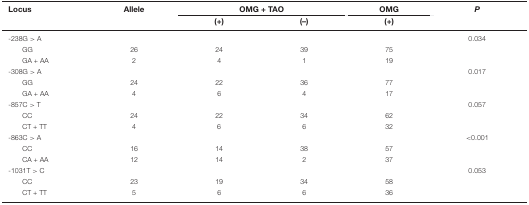
<table><thead><tr><td><b>Locus</b></td><td><b>Allele</b></td><td colspan="2"><b>OMG + TAO</b></td><td><b>OMG</b></td><td><b><i>P</i></b></td></tr><tr><td></td><td></td><td><b>(+)</b></td><td><b>(–)</b></td><td><b>(+)</b></td><td></td></tr></thead><tbody><tr><td>-238G &gt; A</td><td></td><td></td><td></td><td></td><td>0.034</td></tr><tr><td>GG</td><td>26</td><td>24</td><td>39</td><td>75</td><td></td></tr><tr><td>GA + AA</td><td>2</td><td>4</td><td>1</td><td>19</td><td></td></tr><tr><td>-308G &gt; A</td><td></td><td></td><td></td><td></td><td>0.017</td></tr><tr><td>GG</td><td>24</td><td>22</td><td>36</td><td>77</td><td></td></tr><tr><td>GA + AA</td><td>4</td><td>6</td><td>4</td><td>17</td><td></td></tr><tr><td>-857C &gt; T</td><td></td><td></td><td></td><td></td><td>0.057</td></tr><tr><td>CC</td><td>24</td><td>22</td><td>34</td><td>62</td><td></td></tr><tr><td>CT + TT</td><td>4</td><td>6</td><td>6</td><td>32</td><td></td></tr><tr><td>-863C &gt; A</td><td></td><td></td><td></td><td></td><td>&lt;0.001</td></tr><tr><td>CC</td><td>16</td><td>14</td><td>38</td><td>57</td><td></td></tr><tr><td>CA + AA</td><td>12</td><td>14</td><td>2</td><td>37</td><td></td></tr><tr><td>-1031T &gt; C</td><td></td><td></td><td></td><td></td><td>0.053</td></tr><tr><td>CC</td><td>23</td><td>19</td><td>34</td><td>58</td><td></td></tr><tr><td>CT + TT</td><td>5</td><td>6</td><td>6</td><td>36</td><td></td></tr></tbody></table>